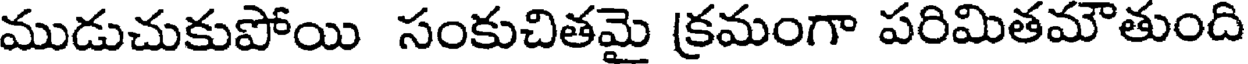
ముడుచుకుపోయి సంకుచితమై క్రమంగా పరిమితమౌతుంది